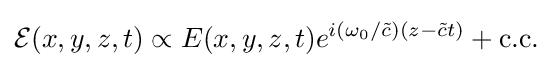
{\cal {E}}(x,y,z,t)\propto E(x,y,z,t)e^{i(\omega _{0}/{\tilde {c}})(z-{\tilde {c}}t)}+{\text{c.c.}}